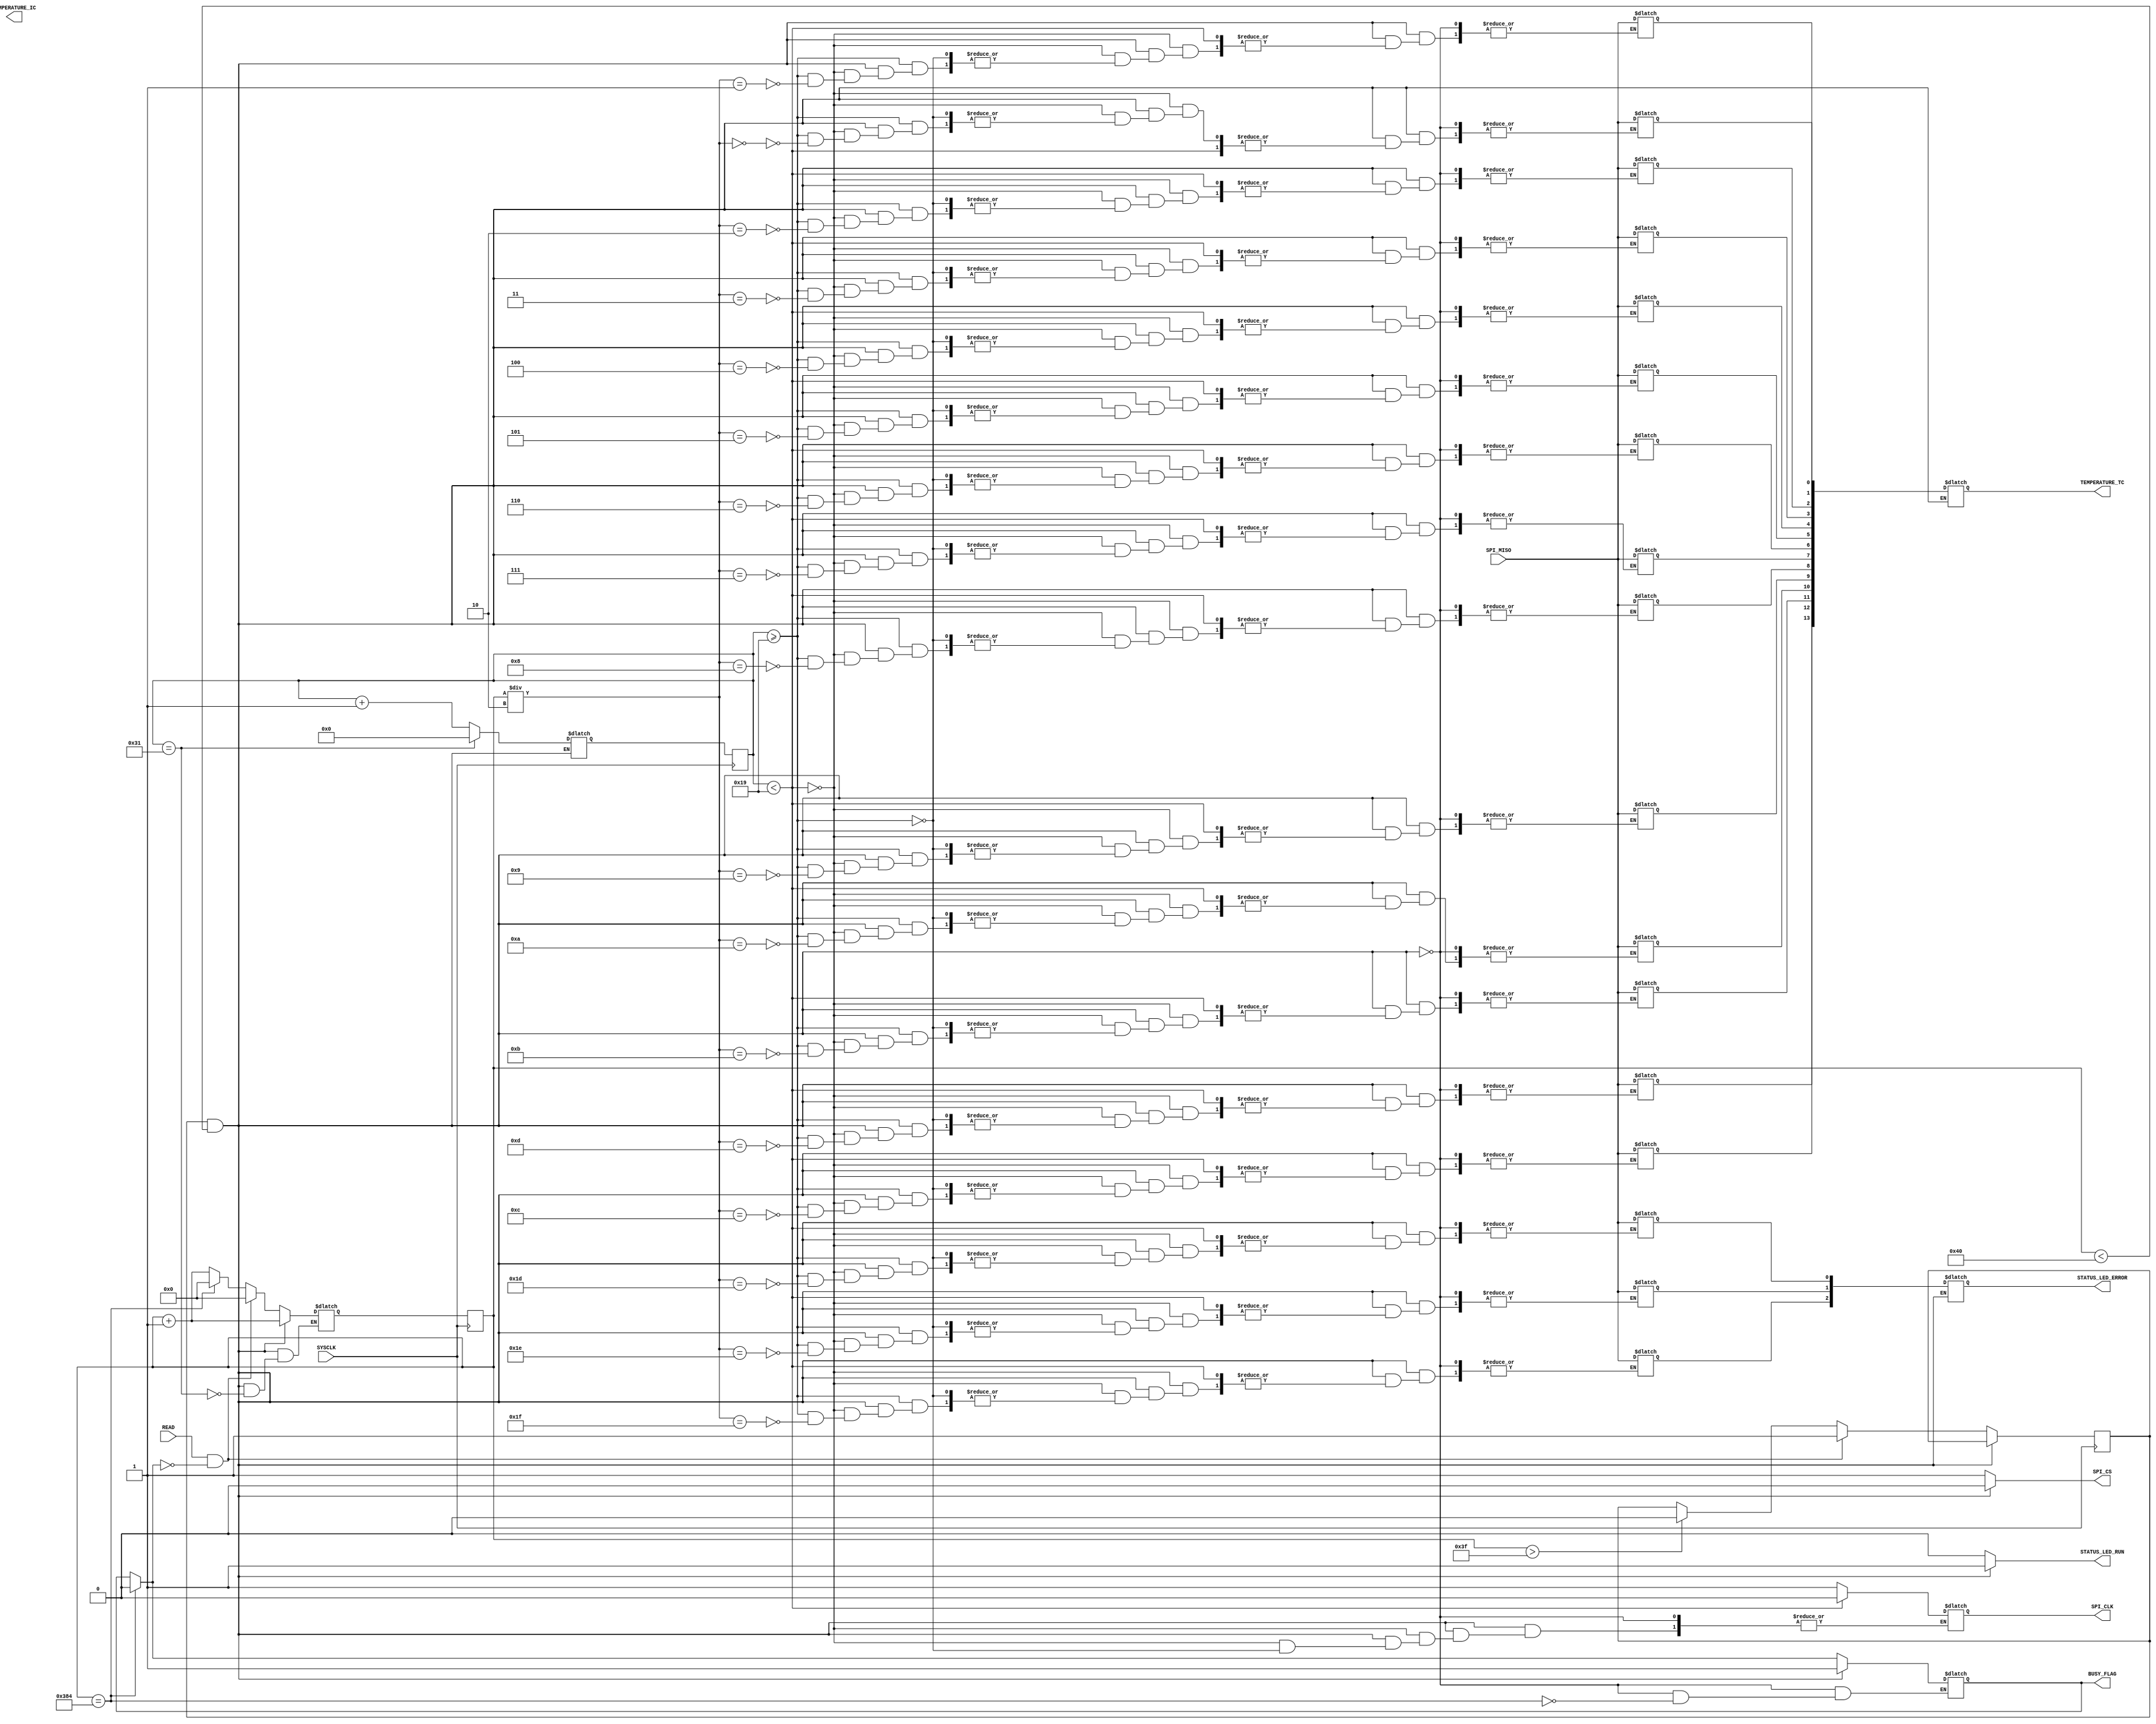
`timescale 1ns / 1ps
//////////////////////////////////////////////////////////////////////////////////
// 
// Design Name: MAX31855 Module Reading
// Module Name: max31855
// Project Name: 
// Description: 
// 
// Dependencies: 
// 
// Revision:
// Revision 0.01 - File Created
// Additional Comments:
// 
//////////////////////////////////////////////////////////////////////////////////


module max31855(SYSCLK ,SPI_CLK, SPI_CS, SPI_MISO,STATUS_LED_RUN, STATUS_LED_ERROR, 
                READ, BUSY_FLAG, TEMPERATURE_TC, TEMPERATURE_IC);

input SYSCLK,SPI_MISO,READ;
output reg SPI_CLK, SPI_CS, BUSY_FLAG, STATUS_LED_RUN;
output reg [2:0] STATUS_LED_ERROR;
output reg [13:0] TEMPERATURE_TC, TEMPERATURE_IC;
reg [5:0] dividerReg, dividerRegNext;
reg [31:0] incomingData,incomingDataNext;
reg [9:0] dataCounter,dataCounterNext;
reg readFlag,readFlagNext;
parameter divider=25;

always @(posedge SYSCLK)begin
    dividerReg <= dividerRegNext;
    dataCounter <= dataCounterNext;
    readFlag <= readFlagNext;    
end

always @(*)begin
readFlagNext=readFlag;  
if(readFlag==1  && dataCounter<64)begin 
    STATUS_LED_RUN=1;
    BUSY_FLAG=1;
    SPI_CS=0;
    dividerRegNext=dividerReg+1;
    if(dividerReg<divider)begin 
        SPI_CLK=0;
    end
    else if (dividerReg>=divider)begin
        SPI_CLK=1;
        incomingDataNext[dataCounter/2]=SPI_MISO;
    end    
    if (dividerReg==(divider*2)-1)begin
        dividerRegNext=0;   
        dataCounterNext=dataCounter+1; 
    end
end else begin
    STATUS_LED_RUN=0;
    SPI_CS=1;    
    
    STATUS_LED_ERROR=incomingDataNext[31:29];
    TEMPERATURE_TC=incomingDataNext[13:0];
    if(dataCounter>63)readFlagNext=0;
    dataCounterNext=dataCounter+1;
    if (dataCounter==900)begin
    BUSY_FLAG=0; 
    dataCounterNext=0; 
    end
    if(READ && !BUSY_FLAG)begin
        readFlagNext=1;
        dataCounterNext=0;
    end
end
end

endmodule